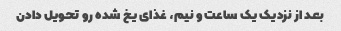
بعد از نزدیک یک ساعت و نیم، غذای یخ شده رو تحویل دادن